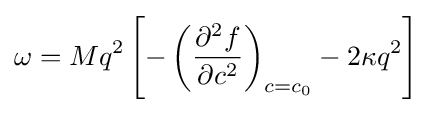
\omega =Mq^{2}\left[-\left({\frac {\partial ^{2}f}{\partial c^{2}}}\right)_{c=c_{0}}-2\kappa q^{2}\right]